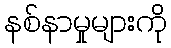
နစ်နာမှုများကို